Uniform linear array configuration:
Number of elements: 4
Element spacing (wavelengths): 0.5
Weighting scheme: binomial
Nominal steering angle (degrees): -30
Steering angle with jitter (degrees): -30.111
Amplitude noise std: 0.05
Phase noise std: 0.05

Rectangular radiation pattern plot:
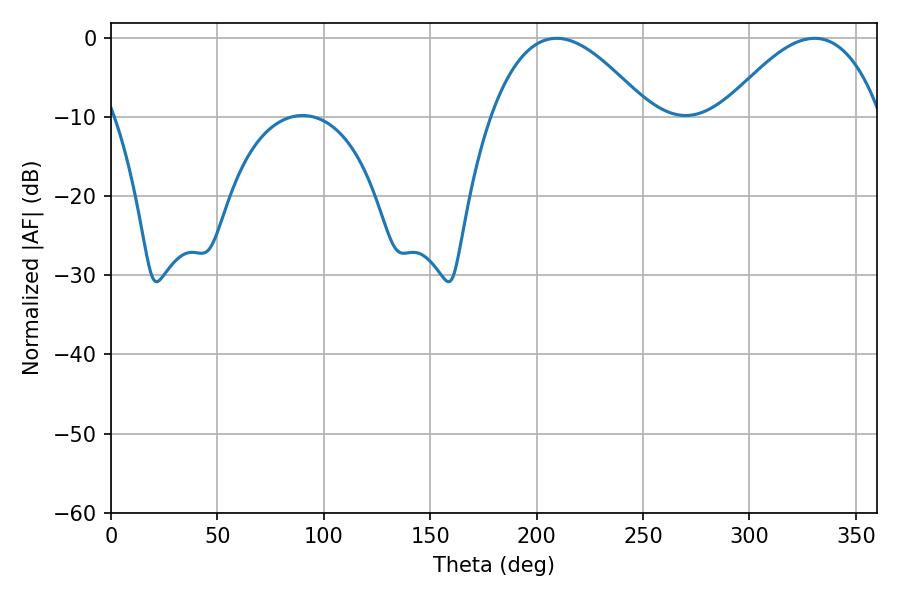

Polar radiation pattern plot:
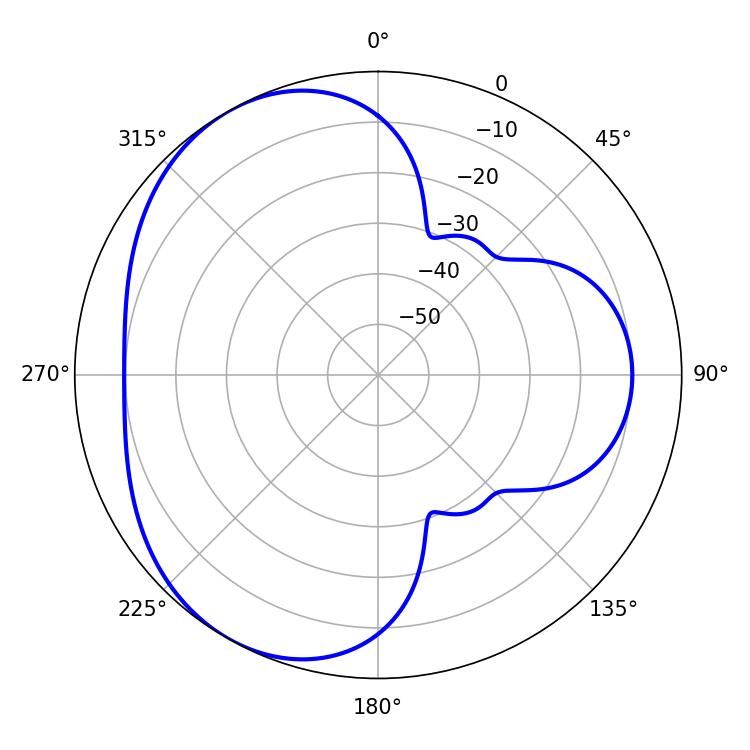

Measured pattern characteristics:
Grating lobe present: FALSE
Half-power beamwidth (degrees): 40.68
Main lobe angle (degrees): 209.34